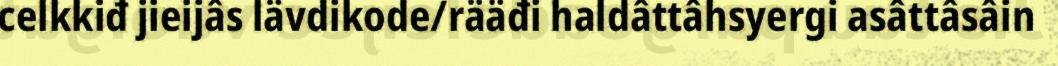
celkkiđ jieijâs lävdikode/rääđi haldâttâhsyergi asâttâsâin